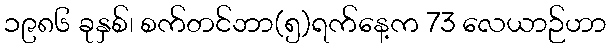
၁၉၈၆ ခုနှစ်၊ စက်တင်ဘာ(၅)ရက်နေ့က 73 လေယာဉ်ဟာ